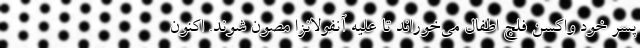
پسرِ خود واکسنِ فلج اطفال می‌خوراند تا علیه آنفولانزا مصون شوند. اکنون